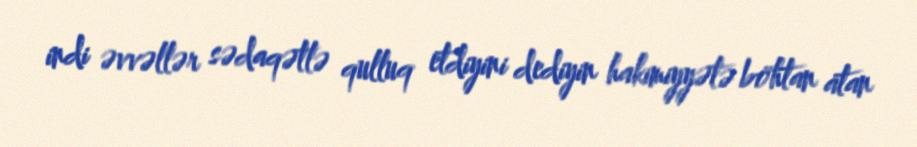
indi əvvəllər sədaqətlə qulluq etdiyini dediyin hakimiyyətə böhtan atan